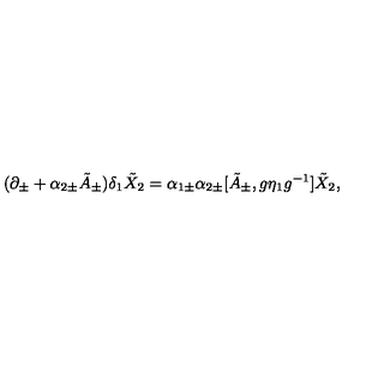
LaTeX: ( \partial _ { \pm } + \alpha _ { 2 \pm } \tilde { A } _ { \pm } ) \delta _ { 1 } \tilde { X } _ { 2 } = \alpha _ { 1 \pm } \alpha _ { 2 \pm } [ \tilde { A } _ { \pm } , g \eta _ { 1 } g ^ { - 1 } ] \tilde { X } _ { 2 } ,